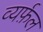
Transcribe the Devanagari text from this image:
व्यर्फ़ल